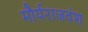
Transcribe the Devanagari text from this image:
मौर्यराजवंश